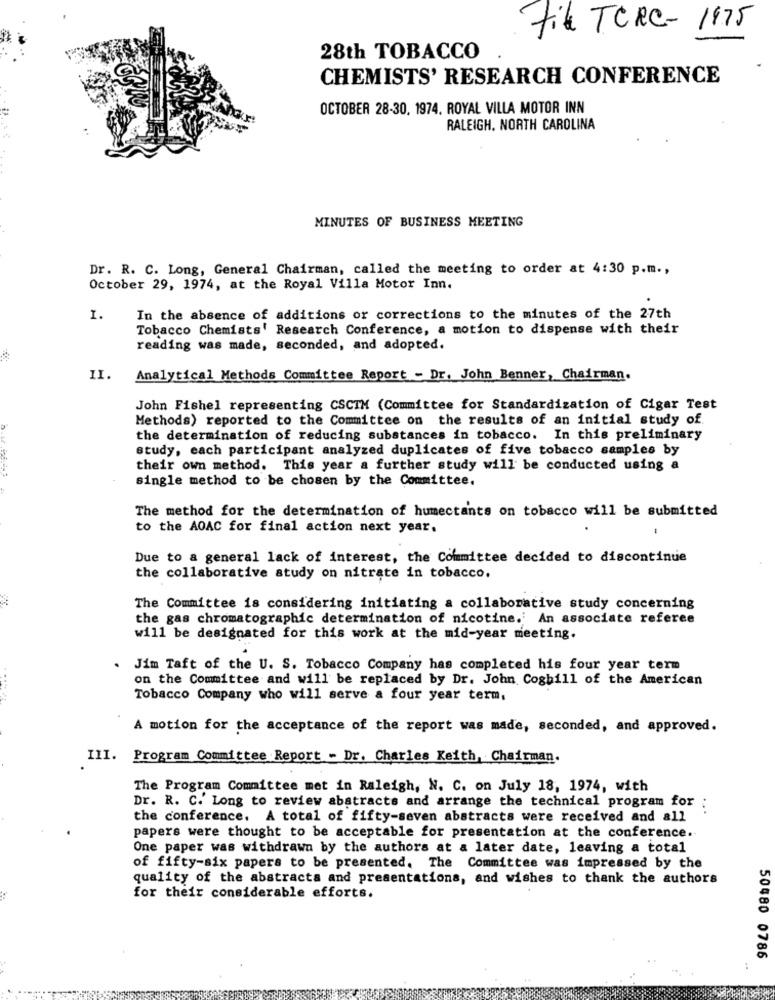
Fil TCRC- 1975
28th TOBACCO
CHEMISTS' RESEARCH CONFERENCE
OCTOBER 28-30, 1974. ROYAL VILLA MOTOR INN
RALEIGH. NORTH CAROLINA
MINUTES OF BUSINESS MEETING
Dr. R. C. Long, General Chairman, called the meeting to order at 4:30 p.m .,
October 29, 1974, at the Royal Villa Motor Inn.
I.
In the absence of additions or corrections to the minutes of the 27th
Tobacco Chemists' Research Conference, a motion to dispense with their
reading was made, seconded, and adopted.
1I.
Analytical Methods Committee Report - Dr. John Benner, Chairman.
John Fishel representing CSCTM (Committee for Standardization of Cigar Test
Methods) reported to the Committee on the results of an initial study of.
the determination of reducing substances in tobacco. In this preliminary
study, each participant analyzed duplicates of five tobacco samples by
biur ich
their own method. This year a further study will be conducted using a
single method to be chosen by the Committee.
The method for the determination of humectants on tobacco will be submitted
to the AOAC for final action next year.
Due to a general lack of interest, the Committee decided to discontinue
the collaborative study on nitrate in tobacco.
The Committee is considering initiating a collaborative study concerning
the gas chromatographic determination of nicotine.' An associate referee
will be designated for this work at the mid-year meeting.
Jim Taft of the U. S. Tobacco Company has completed his four year term
on the Committee and will be replaced by Dr. John Cogbill of the American
..... ..
Tobacco Company who will serve a four year term,
A motion for the acceptance of the report was made, seconded, and approved.
11I.
Program Committee Report - Dr. Charles Keith, Chairman.
The Program Committee met in Raleigh, N. C. on July 18, 1974, with
Dr. R. C. Long to review abstracts and arrange the technical program for ;
the conference. A total of fifty-seven abstracts were received and all
papers were thought to be acceptable for presentation at the conference.
One paper was withdrawn by the authors at a later date, leaving a total
of fifty-six papers to be presented. The Committee was impressed by the
quality of the abstracts and presentations, and wishes to thank the authors
for their considerable efforts.
50480 0786